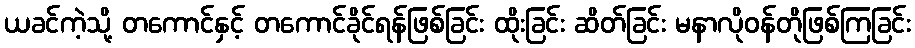
ယခင်ကဲ့သို့ တကောင်နှင့် တကောင်ခိုင်ရန်ဖြစ်ခြင်း ထိုးခြင်း ဆိတ်ခြင်း မနာလိုဝန်တိုဖြစ်ကြခြင်း